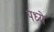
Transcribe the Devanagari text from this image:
पध्ये